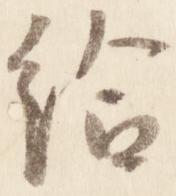
給